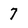
Character: 7